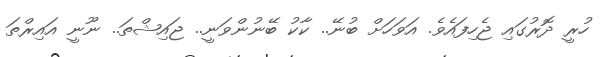
ހުރީ ދޮރުގައި ޖެހިފައެވެ. އަވަހަށް ބުނޭ.. ކާކު ބޭނުންވަނީ.. ޖައިޝްތަ.. ނޫނީ އައިރްތަ